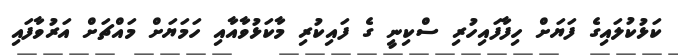
ކަޅުކުލައިގެ ފަޔަށް ހިފާފައިހުރި ސްކިނީ ގެ ފައިކުރި މާކަޅުވާއާއި ހަމަޔަށް މައްޗަށް އަރުވާފައި